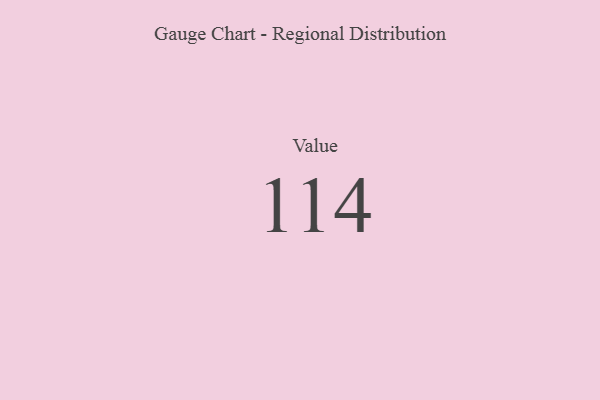
{"axis": {"x": "Metric", "y": "Value"}, "legend": [""], "data": [{"x": "Value", "y": 114, "type": ""}]}